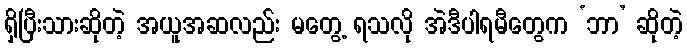
ရှိပြီးသားဆိုတဲ့ အယူအဆလည်း မတွေ့ ရသလို အဲဒီပါရမီတွေက ‘ဘာ’ ဆိုတဲ့